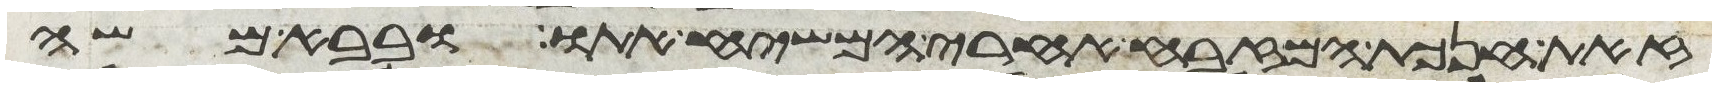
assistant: זאת חנכת המזבח אחרי המשח אתו ובבא משה